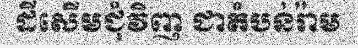
ដីសើមជុំវិញ ជាតំបន់រ៉ាម